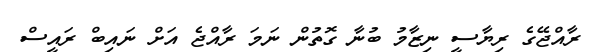
ރާއްޖޭގެ ރިޔާސީ ނިޒާމު ބުނާ ގޮތުން ނަމަ ރާއްޖެ އަށް ނައިބް ރައީސް